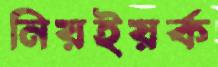
নিয়ইয়র্ক